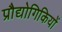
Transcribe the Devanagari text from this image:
प्रौद्योगिकियों